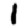
Digit: 1